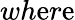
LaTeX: wh\mathrm{e}r\mathrm{e}